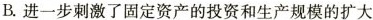
B.进一步刺激了固定资产的投资和生产规模的扩大